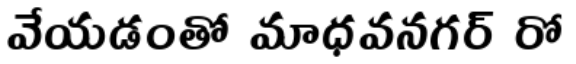
వేయడంతో మాధవనగర్ రో